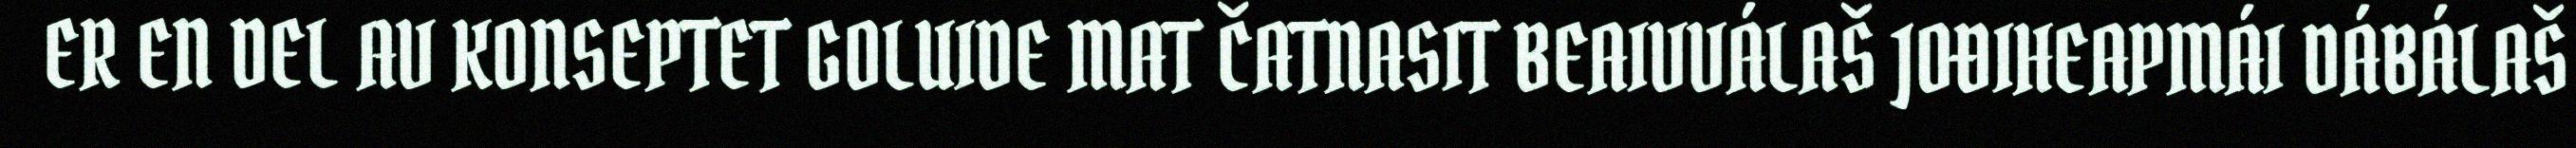
ER EN DEL AV KONSEPTET GOLUIDE MAT ČATNASIT BEAIVVÁLAŠ JOĐIHEAPMÁI DÁBÁLAŠ